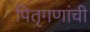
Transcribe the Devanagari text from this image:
पितृगणांची